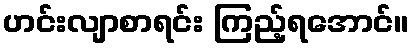
ဟင်းလျာစာရင်း ကြည့်ရအောင်။